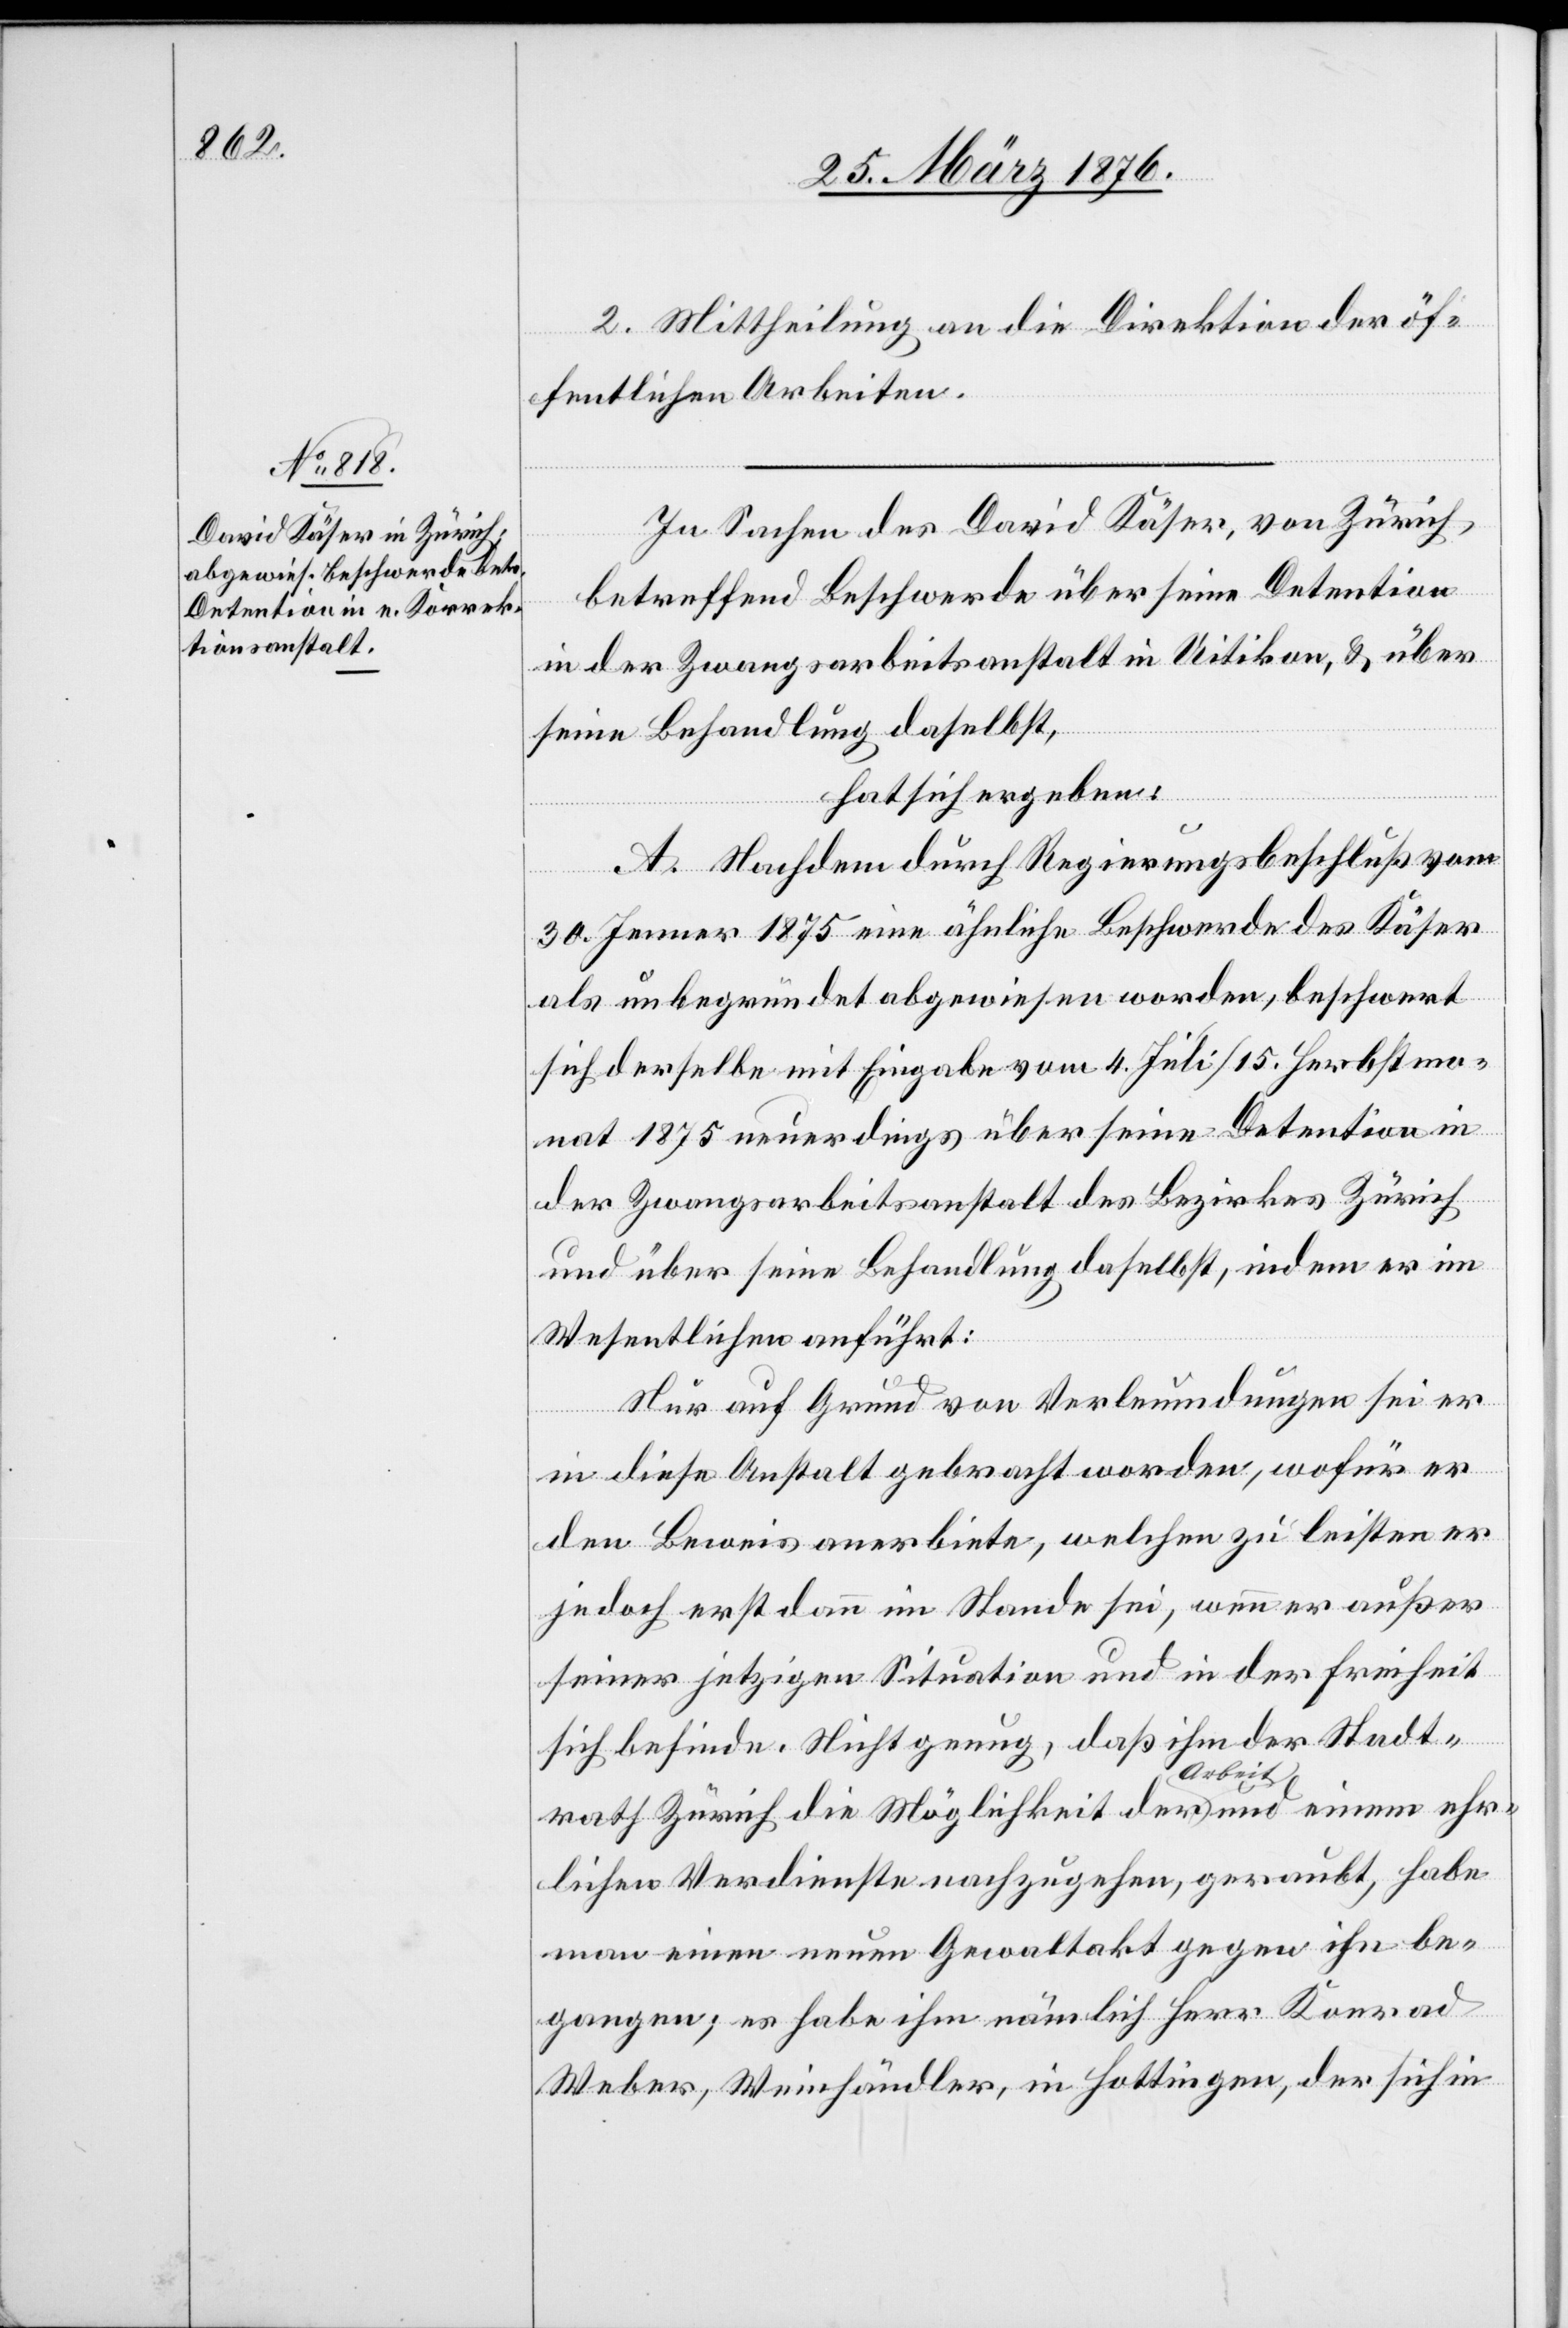
2. Mittheilung an die Direktion der öf¬
fentlichen Arbeiten.
In Sachen des David Käser, von Zürich,
betreffend Beschwerde über seine Detention
in der Zwangsarbeitsanstalt in Uitikon, & über
seine Behandlung daselbst,
hat sich ergeben:
A. Nachdem durch Regierungsbeschluß vom
30. Jenner 1875 eine ähnliche Beschwerde des Käser
als unbegründet abgewiesen worden, beschwert
sich derselbe mit Eingabe vom 4. Juli/15. Herbstmo¬
nat neuerdings über seine Detention in
der Zwangsarbeitsanstalt des Bezirkes Zürich
und über seine Behandlung daselbst, indem er im
Wesentlichen anführt:
Nur auf Grund von Verleumdungen sei er
in diese Anstalt gebracht worden, wofür er
den Beweis anerbiete, welchen zu leisten er
jedoch erst dann im Stande sei, wenn er außer
seiner jetzigen Situation und in der Freiheit
sich befinde. Nicht genug, daß ihm der Stadt¬
rath Zürich die Möglichkeit der Arbeit und einem ehr¬
lichen Verdienste nachzugehen, geraubt, habe
man einen neuen Gewaltakt gegen ihn be¬
gangen; es habe ihn nämlich Herr Konrad
Weber, Weinhändler, in Hottingen, der sich in